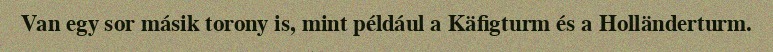
Van egy sor másik torony is, mint például a Käfigturm és a Holländerturm.